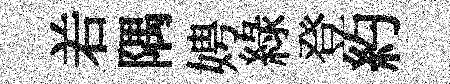
𠰥隅娉綠登約